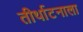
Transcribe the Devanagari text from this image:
तीर्थाटनाला